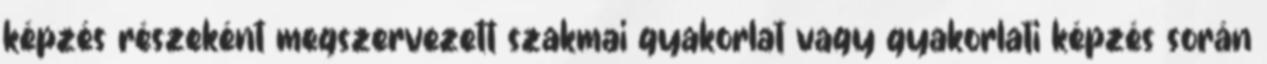
képzés részeként megszervezett szakmai gyakorlat vagy gyakorlati képzés során